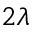
2 \lambda